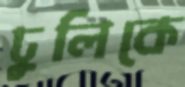
ঢুলিকে